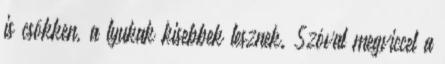
is csökken, a lyukak kisebbek lesznek. Szóval megviccel a